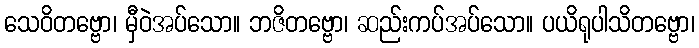
သေဝိတဗ္ဗော၊ မှီဝဲအပ်သော။ ဘဇိတဗ္ဗော၊ ဆည်းကပ်အပ်သော။ ပယိရုပါသိတဗ္ဗော၊